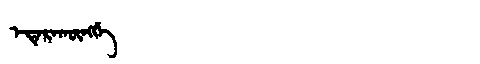
Manchu: ᡝᡩᡝᡵᠠᡴᡡᠩᡤᡝ
Romanization: EDERAKŪNGGE